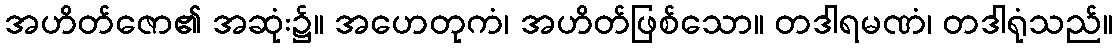
အဟိတ်ဇော၏ အဆုံး၌။ အဟေတုကံ၊ အဟိတ်ဖြစ်သော။ တဒါရမဏံ၊ တဒါရုံသည်။